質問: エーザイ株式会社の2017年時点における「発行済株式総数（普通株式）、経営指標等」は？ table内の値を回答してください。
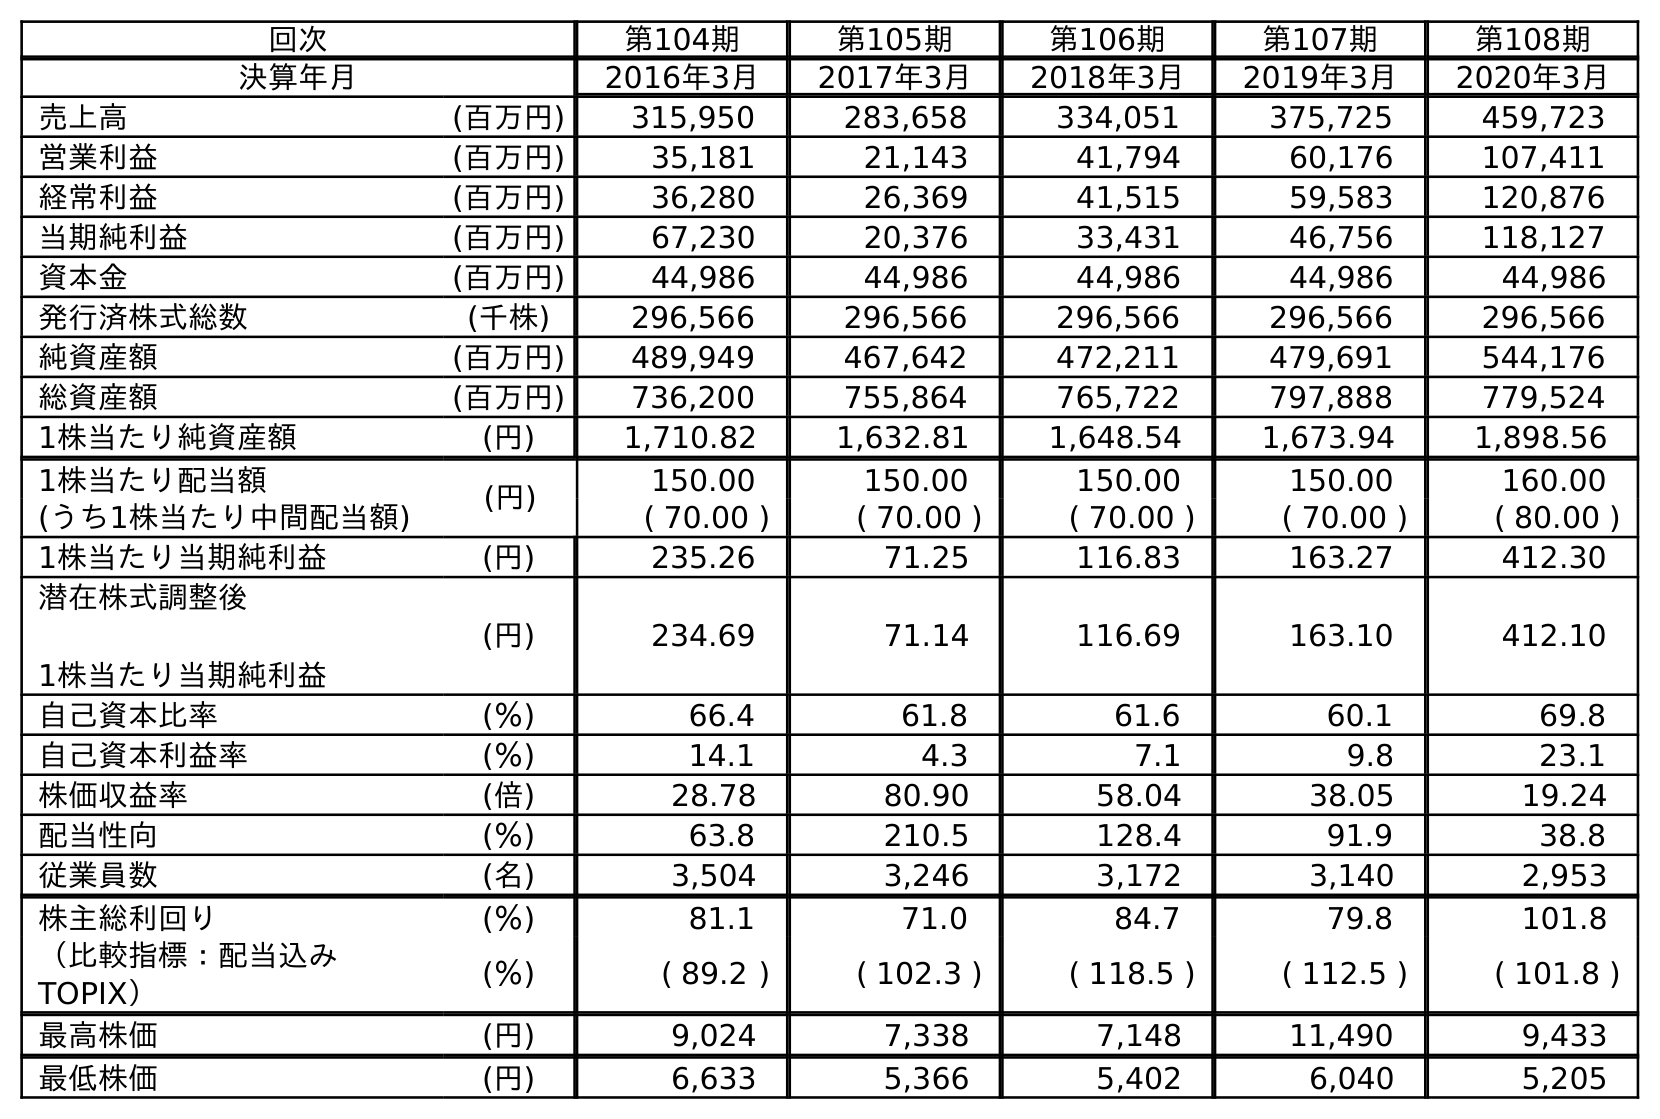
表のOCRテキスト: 回次 第104期 第105期 第106期 第107期 第108期 決算年月 2016年3月 2017年3月 2018年3月 2019年3月 2020年3月 売上高 (百万円) 315,950 283,658 334,051 375,725 459,723 営業利益 (百万円) 35,181 21,143 41,794 60,176 107,411 経常利益 (百万円) 36,280 26,369 41,515 59,583 120,876 当期純利益 (百万円) 67,230 20,376 33,431 46,756 118,127 資本金 (百万円) 44,986 44,986 44,986 44,986 44,986 発行済株式総数 (千株) 296,566 296,566 296,566 296,566 296,566 純資産額 (百万円) 489,949 467,642 472,211 479,691 544,176 総資産額 (百万円) 736,200 755,864 765,722 797,888 779,524 1株当たり純資産額 (円) 1,710.82 1,632.81 1,648.54 1,673.94 1,898.56 1株当たり配当額 (円) 150.00 150.00 150.00 150.00 160.00 (うち1株当たり中間配当額) ( 70.00 ) ( 70.00 ) ( 70.00 ) ( 70.00 ) ( 80.00 ) 1株当たり当期純利益 (円) 235.26 71.25 116.83 163.27 412.30 潜在株式調整後 1株当たり当期純利益 (円) 234.69 71.14 116.69 163.10 412.10 自己資本比率 (％) 66.4 61.8 61.6 60.1 69.8 自己資本利益率 (％) 14.1 4.3 7.1 9.8 23.1 株価収益率 (倍) 28.78 80.90 58.04 38.05 19.24 配当性向 (％) 63.8 210.5 128.4 91.9 38.8 従業員数 (名) 3,504 3,246 3,172 3,140 2,953 株主総利回り (％) 81.1 71.0 84.7 79.8 101.8 （比較指標：配当込み TOPIX） (％) ( 89.2 ) ( 102.3 ) ( 118.5 ) ( 112.5 ) ( 101.8 ) 最高株価 (円) 9,024 7,338 7,148 11,490 9,433 最低株価 (円) 6,633 5,366 5,402 6,040 5,205
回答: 296,566